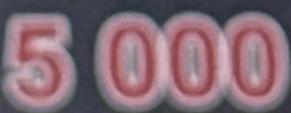
5 000